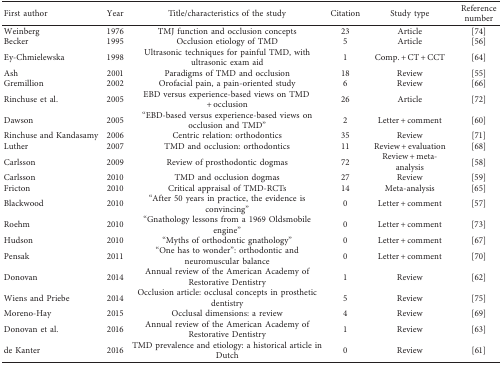
<table><thead><tr><td><b>First author</b></td><td><b>Year</b></td><td><b>Title/characteristics of the study</b></td><td><b>Citation</b></td><td><b>Study type</b></td><td><b>Reference number</b></td></tr></thead><tbody><tr><td>Weinberg</td><td>1976</td><td>TMJ function and occlusion concepts</td><td>23</td><td>Article</td><td>[74]</td></tr><tr><td>Becker</td><td>1995</td><td>Occlusion etiology of TMD</td><td>5</td><td>Article</td><td>[56]</td></tr><tr><td>Ey-Chmielewska</td><td>1998</td><td>Ultrasonic techniques for painful TMD, with ultrasonic exam aid</td><td>1</td><td>Comp. + CT + CCT</td><td>[64]</td></tr><tr><td>Ash</td><td>2001</td><td>Paradigms of TMD and occlusion</td><td>18</td><td>Review</td><td>[55]</td></tr><tr><td>Gremillion</td><td>2002</td><td>Orofacial pain, a pain-oriented study</td><td>6</td><td>Review</td><td>[66]</td></tr><tr><td>Rinchuse et al.</td><td>2005</td><td>EBD versus experience-based views on TMD + occlusion</td><td>26</td><td>Article</td><td>[72]</td></tr><tr><td>Dawson</td><td>2005</td><td>“EBD-based versus experience-based views on occlusion and TMD”</td><td>2</td><td>Letter + comment</td><td>[60]</td></tr><tr><td>Rinchuse and Kandasamy</td><td>2006</td><td>Centric relation: orthodontics</td><td>35</td><td>Review</td><td>[71]</td></tr><tr><td>Luther</td><td>2007</td><td>TMD and occlusion: orthodontics</td><td>11</td><td>Review + evaluation</td><td>[68]</td></tr><tr><td>Carlsson</td><td>2009</td><td>Review of prosthodontic dogmas</td><td>72</td><td>Review + meta-analysis</td><td>[58]</td></tr><tr><td>Carlsson</td><td>2010</td><td>TMD and occlusion dogmas</td><td>27</td><td>Review</td><td>[59]</td></tr><tr><td>Fricton</td><td>2010</td><td>Critical appraisal of TMD-RCTs</td><td>14</td><td>Meta-analysis</td><td>[65]</td></tr><tr><td>Blackwood</td><td>2010</td><td>“After 50 years in practice, the evidence is convincing”</td><td>0</td><td>Letter + comment</td><td>[57]</td></tr><tr><td>Roehm</td><td>2010</td><td>“Gnathology lessons from a 1969 Oldsmobile engine”</td><td>0</td><td>Letter + comment</td><td>[73]</td></tr><tr><td>Hudson</td><td>2010</td><td>“Myths of orthodontic gnathology”</td><td>0</td><td>Letter + comment</td><td>[67]</td></tr><tr><td>Pensak</td><td>2011</td><td>“One has to wonder”: orthodontic and neuromuscular balance</td><td>0</td><td>Letter + comment</td><td>[70]</td></tr><tr><td>Donovan</td><td>2014</td><td>Annual review of the American Academy of Restorative Dentistry</td><td>1</td><td>Review</td><td>[62]</td></tr><tr><td>Wiens and Priebe</td><td>2014</td><td>Occlusion article: occlusal concepts in prosthetic dentistry</td><td>5</td><td>Review</td><td>[75]</td></tr><tr><td>Moreno-Hay</td><td>2015</td><td>Occlusal dimensions: a review</td><td>4</td><td>Review</td><td>[69]</td></tr><tr><td>Donovan et al.</td><td>2016</td><td>Annual review of the American Academy of Restorative Dentistry</td><td>1</td><td>Review</td><td>[63]</td></tr><tr><td>de Kanter</td><td>2016</td><td>TMD prevalence and etiology: a historical article in Dutch</td><td>0</td><td>Review</td><td>[61]</td></tr></tbody></table>